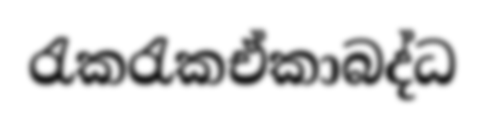
රැකරැකඒකාබද්ධ